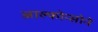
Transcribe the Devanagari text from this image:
आल्फोन्सोने